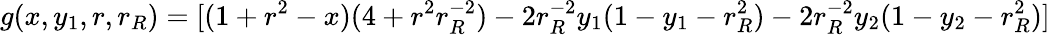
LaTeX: g(x,y_{1},r,r_{R})=[(1+r^{2}-x)(4+r^{2}r_{R}^{-2})-2r_{R}^{-2}y_{1}(1-y_{1}-r_{R}^{2})-2r_{R}^{-2}y_{2}(1-y_{2}-r_{R}^{2})]